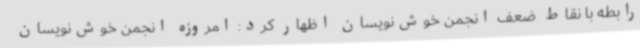
رابطه با نقاط ضعف انجمن خوش‌نویسان اظهار کرد: امروزه انجمن خوش‌نویسان